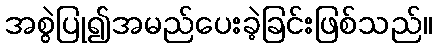
အစွဲပြု၍အမည်ပေးခဲ့ခြင်းဖြစ်သည်။